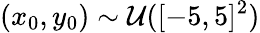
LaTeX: (x_{0},y_{0})\sim\mathcal{U}([-5,5]^{2})